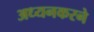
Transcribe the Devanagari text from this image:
अध्यनकरने